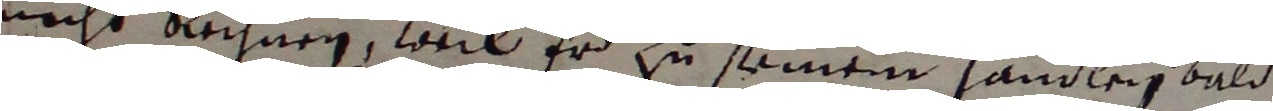
nicht rechnen, weil er zu seinem handlen and